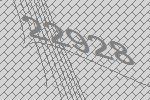
22928